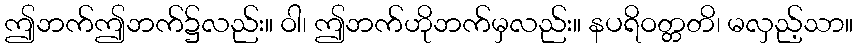
ဤဘက်ဤဘက်၌လည်း။ ဝါ၊ ဤဘက်ဟိုဘက်မှလည်း။ နပရိဝတ္တတိ၊ မလှည့်သာ။